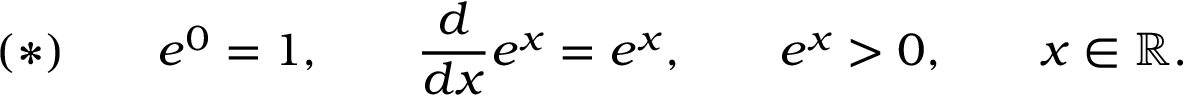
( * ) \qquad e ^ { 0 } = 1 , \qquad { \frac { d } { d x } } e ^ { x } = e ^ { x } , \qquad e ^ { x } > 0 , \qquad x \in \mathbb { R } .